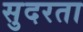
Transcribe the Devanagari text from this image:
सुदरता